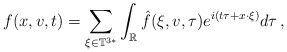
\begin{align*} f(x,v,t) = \sum_{\xi\in \mathbb{T}^{3*}} \int_{\mathbb{R}} \hat f(\xi,v,\tau) e^{i(t\tau + x\cdot\xi)} d\tau \,,\end{align*}